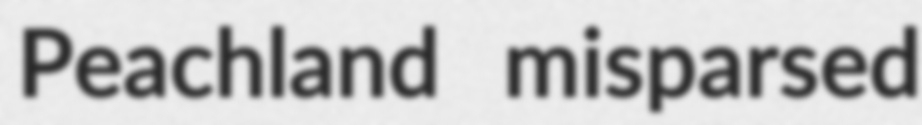
Peachland misparsed